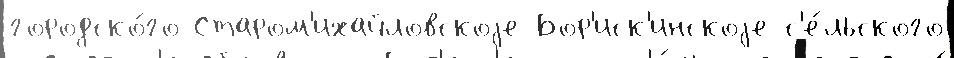
городско́го Старом'ихайловскоjе Бор'иск'инскоjе с'е́льского